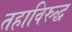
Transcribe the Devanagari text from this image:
तहाविरुद्ध